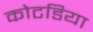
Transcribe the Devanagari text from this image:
कोटडिया